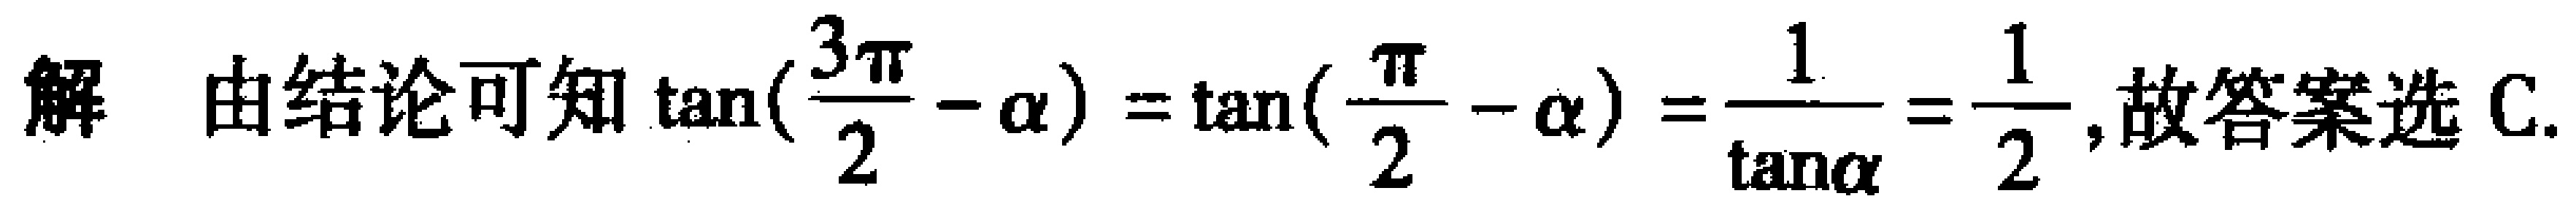
解 由结论可知\(\tan(\frac{3\pi}{2}-\alpha)=\tan(\frac{\pi}{2}-\alpha)=\frac{1}{\tan\alpha}=\frac{1}{2}\),故答案选 C.